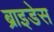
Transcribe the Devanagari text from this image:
ब्राइडेस